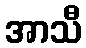
အာသီ